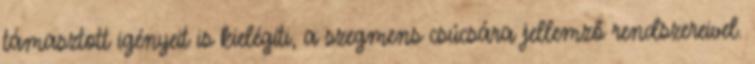
támasztott igényeit is kielégíti, a szegmens csúcsára jellemző rendszereivel.